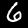
Label: 6